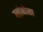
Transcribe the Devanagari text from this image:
ग्लोबोसा